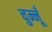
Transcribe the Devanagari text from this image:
चुन्नूँ